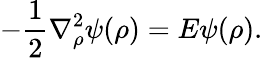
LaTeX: -\frac{1}{2}{\mathbf\nabla}_{\rho}^{2}\psi(\rho)=E\psi(\rho).